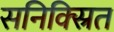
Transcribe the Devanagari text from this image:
सनिक्स्रित